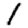
Digit: 1